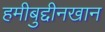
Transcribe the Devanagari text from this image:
हमीबुद्दीनखान